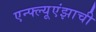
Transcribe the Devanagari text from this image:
एन्फ्ल्यूएंझाची